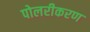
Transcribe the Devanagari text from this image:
पोलरीकरण